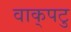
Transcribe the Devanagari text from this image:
वाक्‌पटु